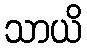
သာယိ